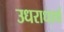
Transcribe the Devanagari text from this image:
उधराधार्थ